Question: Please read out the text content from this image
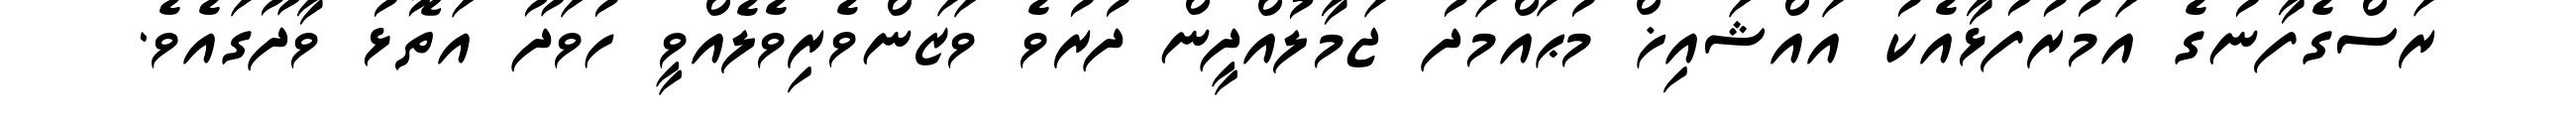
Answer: ރަސްގެފާނުގެ އަމުރުފުޅާއެކު އައްޝައިޚް މުޙައްމަދު ޖަމާލުއްދީން ދުރުވެ ވަޒަންވެރިވެލެއްވީ ހުވަދޫ އަތޮޅު ވާދޫގައެވެ.